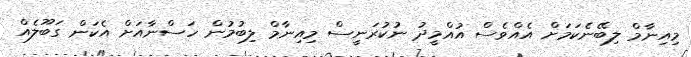
މިއިނާމް ލިބޭނެކަމަށް އެއްވެސް އުއްމީދު ނުކުރަނީސް މިއިނާމް ލިބުމުން ހަސްނާއަށް އެކަަން ގަބޫލެއް